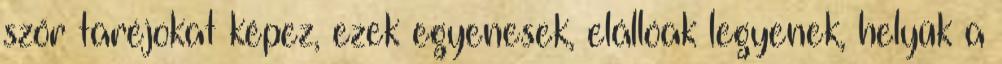
szőr taréjokat képez, ezek egyenesek, elállóak legyenek, helyük a